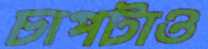
চাপটাও